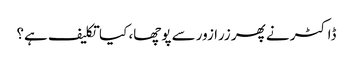
ڈاکٹر نے پھر زرا زور سے پوچھا، کیا تکلیف ہے؟